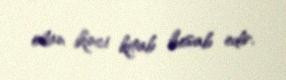
olan ikinci kitab hesab edir.